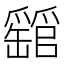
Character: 𤕁